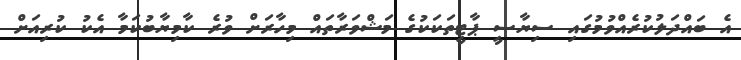
އެ ބައްދަލުކުރެއްވުމުގައި ސިޔާސީ ޕާޓީތަކަކުގެ މަޝްވަރާތައް މިހާރަށް ވުރެ ކާމިޔާބުކަމާ އެކު ކުރިއަށް